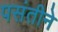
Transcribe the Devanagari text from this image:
पसंतीने